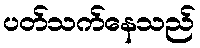
ပတ်သက်နေသည်